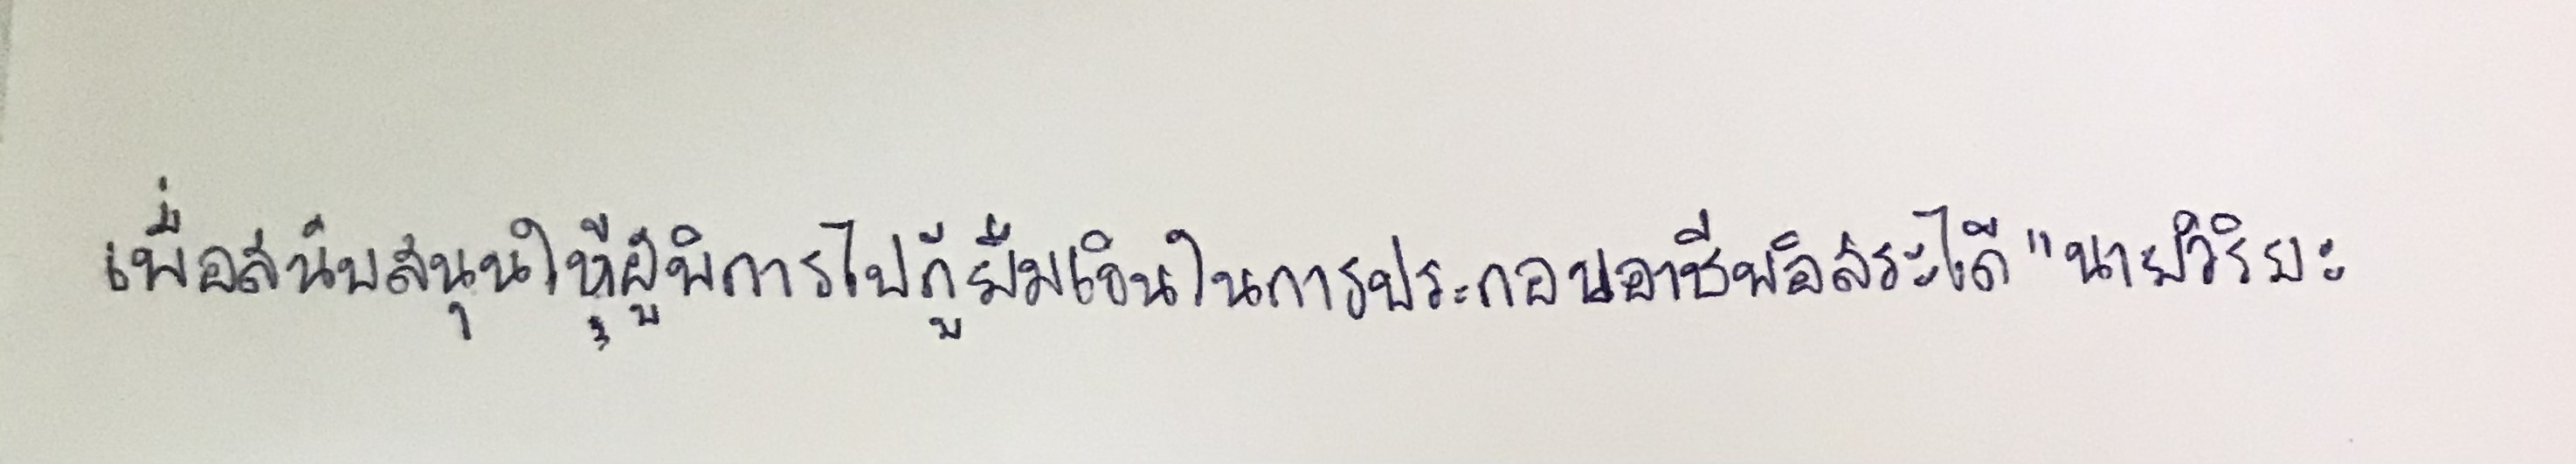
เพื่อจะสนับสนุนให้ผู้พิการไปกู้ยืมเงินในการประกอบอาชีพอิสระได้"นายวิริยะ